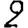
Digit: 2